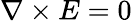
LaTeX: \nabla\times E=0